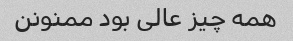
همه چیز عالی بود ممنونن